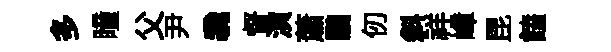
多瞳父尹毳督演蕭鸝仞斜祥嶂昆饁